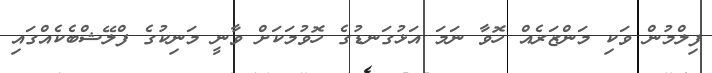
ފިލްމުން ވަކި މަންޒަރެއް ހޮވާ ނަމަ އަޅުގަނޑުގެ ހޮވުމަކަށް ވާނީ މަނިކުގެ ފްލޭޝްބެކެއްގައި